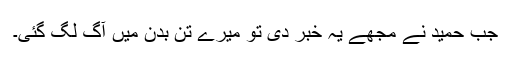
جب حمید نے مجھے یہ خبر دی تو میرے تن بدن میں آگ لگ گئی۔